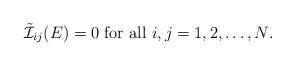
LaTeX: \begin{align*}\tilde{\cal I}_{ij}(E)=0 \mbox{ for all $i,j=1,2,\ldots,N$}.\end{align*}